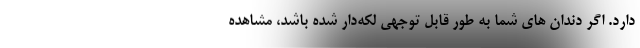
دارد. اگر دندان های شما به طور قابل توجهی لکه‌دار شده باشد، مشاهده